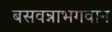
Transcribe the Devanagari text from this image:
बसवन्नाभगवान